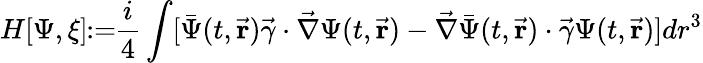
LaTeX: H[\Psi,\xi]\! \! :=\! \! \frac{i}{4}\int[\bar{\Psi}(t,\vec{\mathbf r})\vec{\gamma}\cdot\vec{\nabla}\Psi(t,\vec{\mathbf r})-\vec{\nabla}\bar{\Psi}(t,\vec{\mathbf r})\cdot\vec{\gamma}\Psi(t,\vec{\mathbf r})]dr^{3}